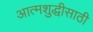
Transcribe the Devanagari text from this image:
आत्मशुद्धीसाठी